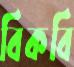
বিকবি